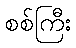
စစ်ကြီး